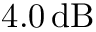
4 . 0 \, \mathrm { d B }